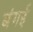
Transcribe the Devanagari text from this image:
बंगई